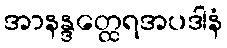
အာနန္ဒတ္ထေရအပဒါနံ